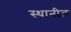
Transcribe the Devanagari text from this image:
स्थानील